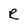
Character: R